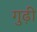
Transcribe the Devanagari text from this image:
गुढ़ी